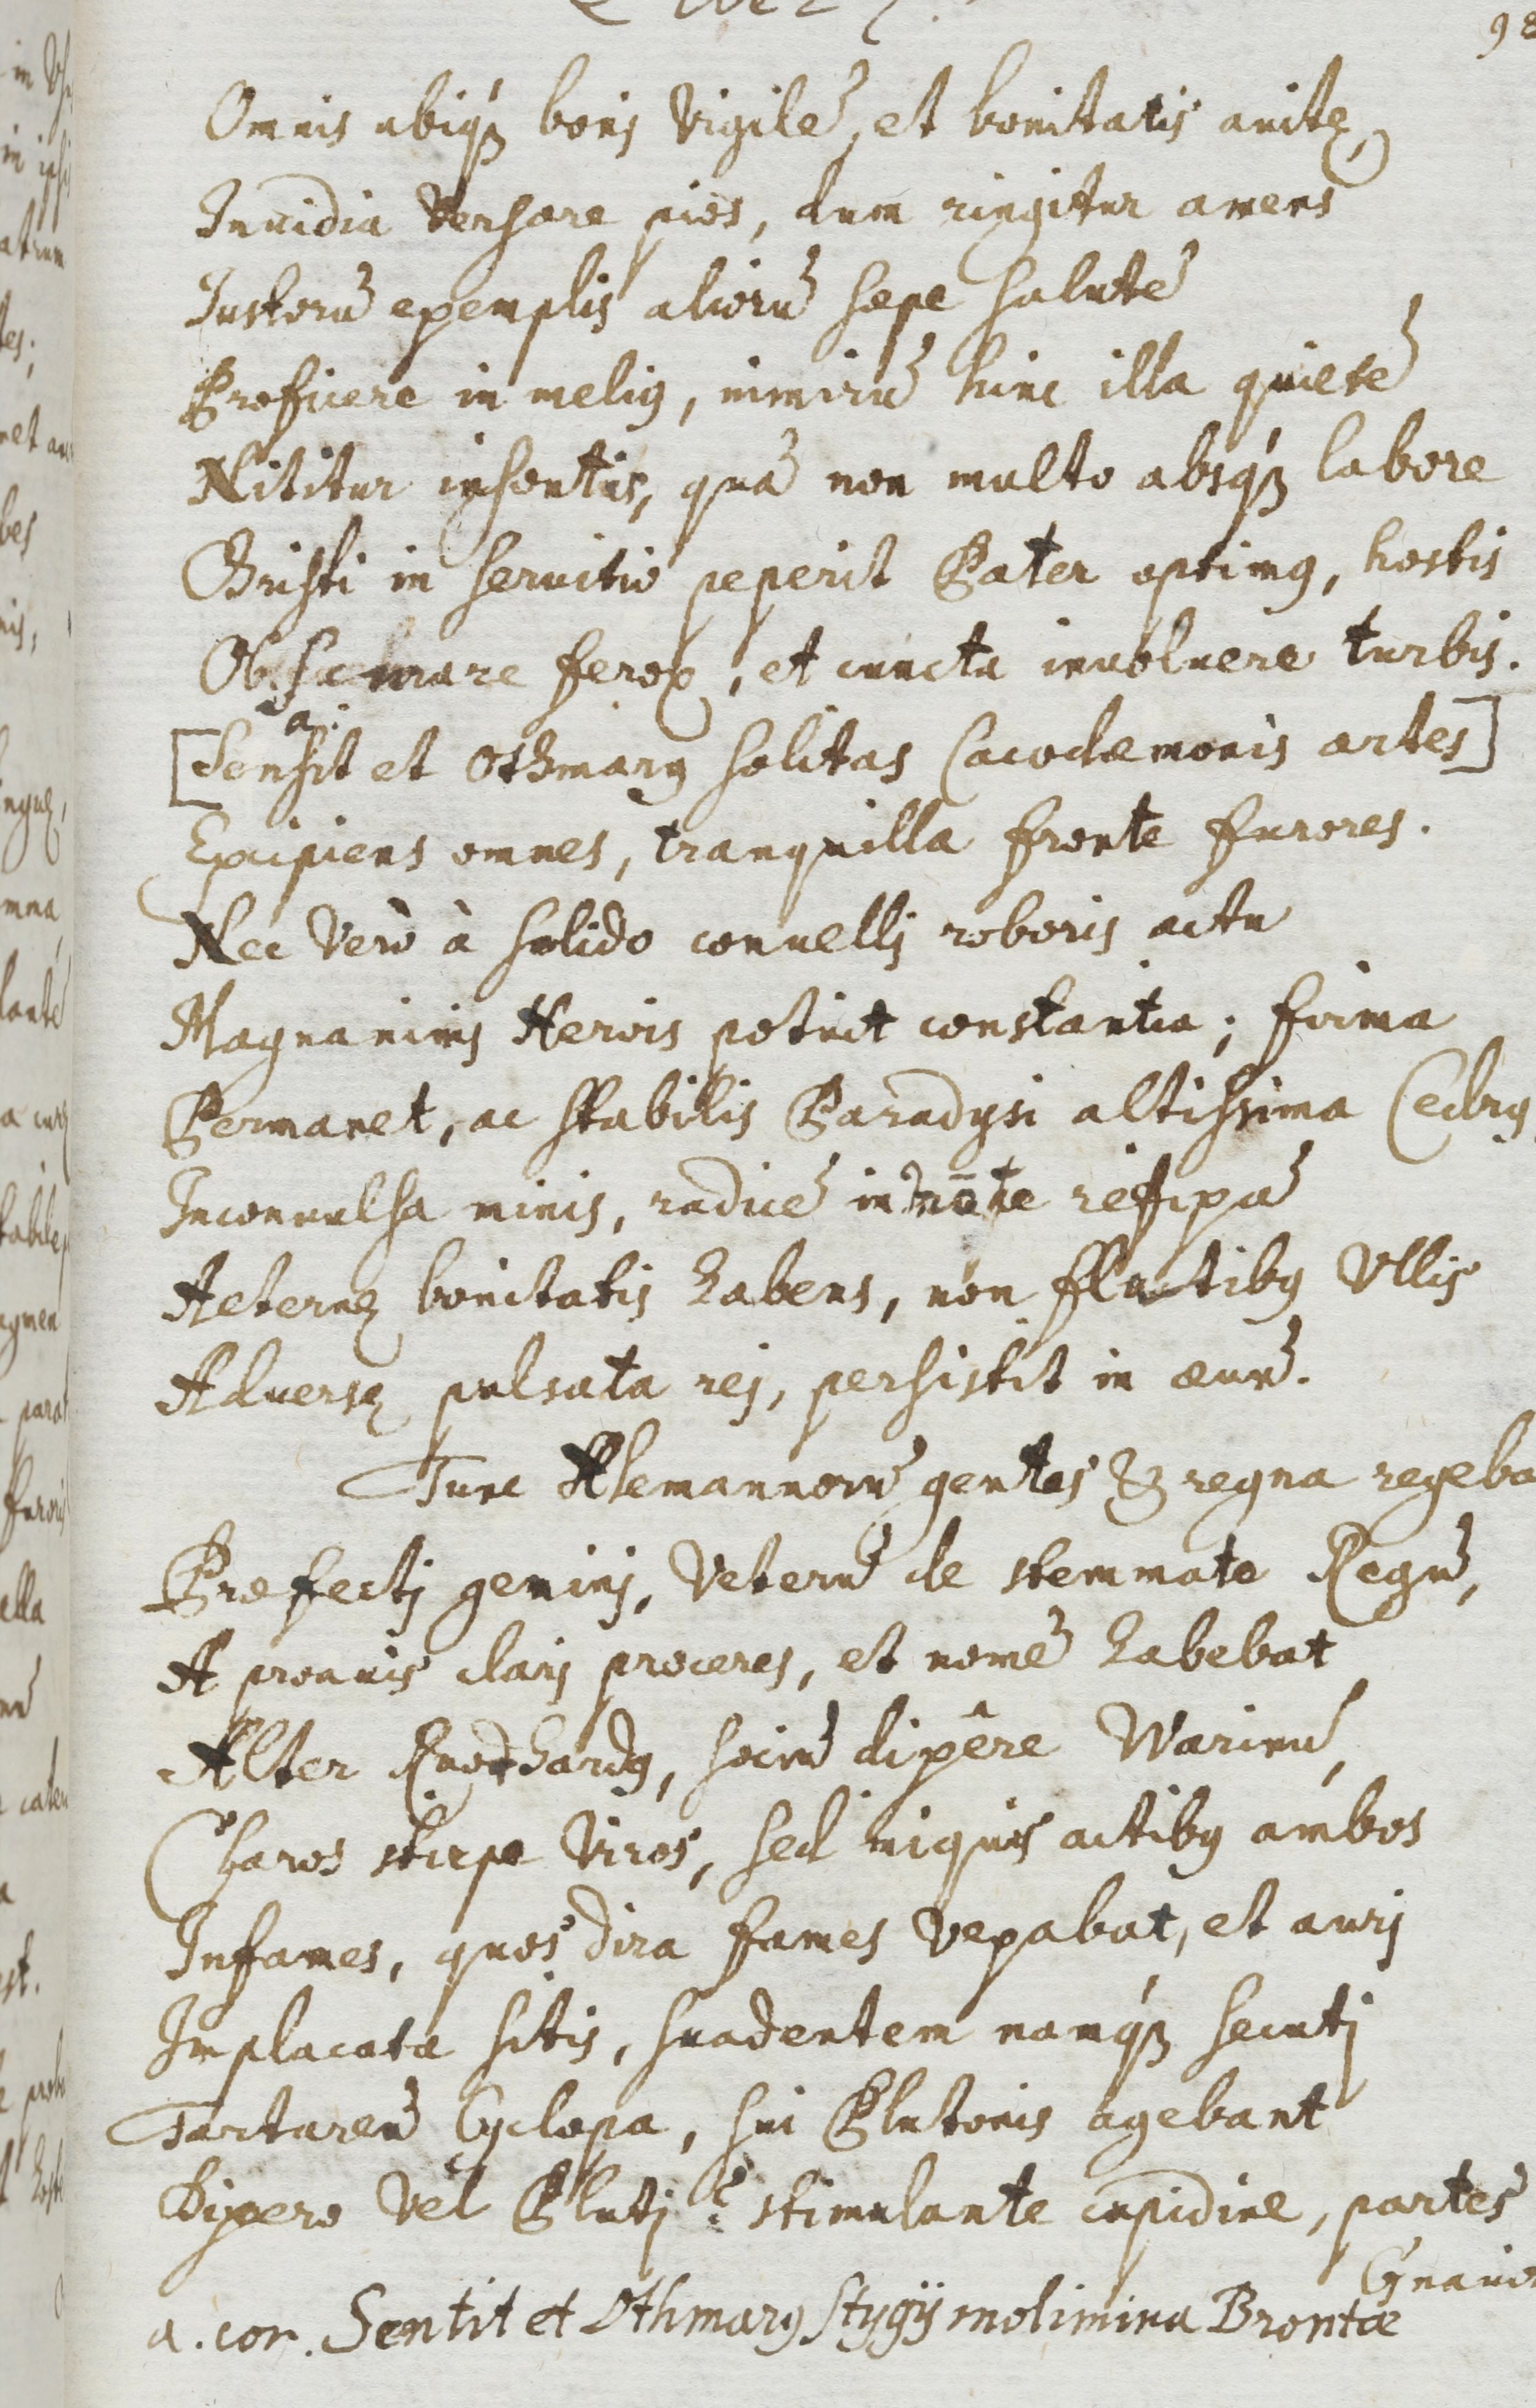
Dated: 1500–1599